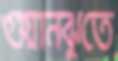
গুয়ানঝুতে